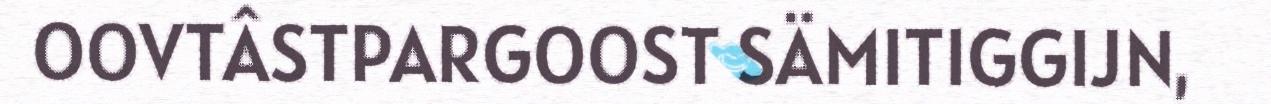
OOVTÂSTPARGOOST SÄMITIGGIJN,